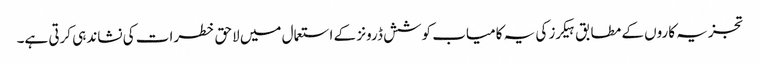
تجزیہ کاروں کے مطابق ہیکرز کی یہ کامیاب کوشش ڈرونز کے استعمال میں لاحق خطرات کی نشاندہی کرتی ہے۔